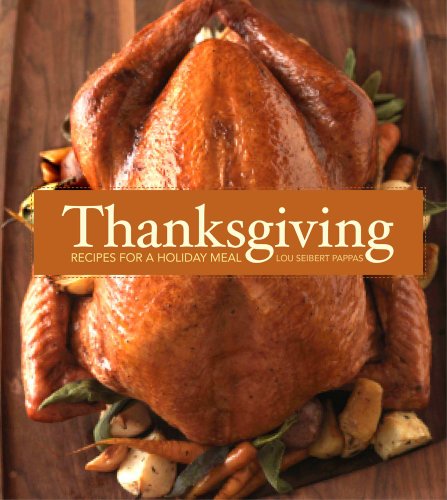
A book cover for Thanksgiving: Recipes for a Holiday Meal; Lou Pappas; Cookbooks, Food & Wine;